Indian journal of veterinary science and animal husbandry - Volume 12,
Year: 1942
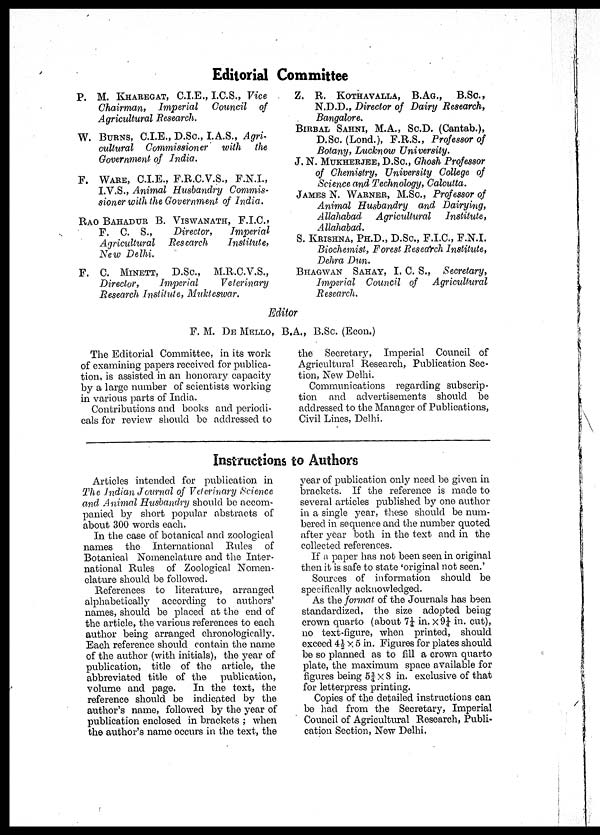
Editorial Committee
P. M. KHAREGAT, C.I.E., I.C.S., Vice
Chairman, Imperial Council of
Agricultural Research.
W. BURNS, C.I.E., D.Sc., I.A.S., Agri-
cultural Commissioner with the
Government of India.
F. WARE, C.I.E., F.R.C.V.S., F.N.I.,
I.V.S., Animal Husbandry Commis-
sioner with the Government of India.
RAO BAHADUR B. VISWANATH, F.I.C.,
F. C. S.,
Director, Imperial
Agricultural Research
Institute,
New Delhi.
F. C. MINETT, D.Sc., M.R.C.V.S.,
Director,
Imperial
Veterinary
Research Institute, Mukteswar.
Z. R. KOTHAVALLA, B.AG., B.Sc.,
N.D.D., Director of Dairy Research,
Bangalore.
BIRBAL SAHNI, M.A., Sc.D. (Cantab.),
D.Sc. (Lond.), F.R.S., Professor of
Botany, Lucknow University.
J. N. MUKHERJEE, D.Sc., Ghosh Professor
of Chemistry, University College of
Science and Technology, Calcutta.
JAMES N. WARNER, M.Sc., Professor of
Animal Husbandry and Dairying,
Allahabad Agricultural Institute,
Allahabad.
S. KRISHNA, PH.D., D.Sc., F.I.C., F.N.I.
Biochemist, Forest Research Institute,
Dehra Dun.
BHAGWAN SAHAY, I. C. S., Secretary,
Imperial Council of Agricultural
Research.
Editor
F. M. DE MELLO, B.A., B.Sc. (Econ.)
The Editorial Committee, in its work
of examining papers received for publica-
tion, is assisted in an honorary capacity
by a large number of scientists working
in various parts of India.
Contributions and books and periodi-
cals for review should be addressed to
the Secretary, Imperial Council of
Agricultural Research, Publication Sec-
tion, New Delhi.
Communications regarding subscrip-
tion and advertisements should be
addressed to the Manager of Publications,
Civil Lines, Delhi.
Instructions to Authors
Articles intended for publication in
The Indian Journal of Veterinary Science
and Animal Husbandry should be accom-
panied by short popular abstracts of
about 300 words each.
In the case of botanical and zoological
names the International Rules of
Botanical Nomenclature and the Inter-
national Rules of Zoological Nomen-
clature should be followed.
References to literature, arranged
alphabetically according to authors'
names, should be placed at the end of
the article, the various references to each
author being arranged chronologically.
Each reference should contain the name
of the author (with initials), the year of
publication, title of the article, the
abbreviated title of the publication,
volume and page.
In the text, the
reference should be indicated by the
author's name, followed by the year of
publication enclosed in brackets ; when
the author's name occurs in the text, the
year of publication only need be given in
brackets. If the reference is made to
several articles published by one author
in a single year, these should be num-
bered in sequence and the number quoted
after year both in the text and in the
collected references.
If a paper has not been seen in original
then it is safe to state 'original not seen.'
Sources of information should be
specifically acknowledged.
As the format of the Journals has been
standardized, the size adopted being
crown quarto (about 7¼ in. × 9¼ in. cut),
no text-figure, when printed, should
exceed 4½ × 5 in. Figures for plates should
be so planned as to fill a crown quarto
plate, the maximum space available for
figures being 5¾ × 8 in. exclusive of that
for letterpress printing.
Copies of the detailed instructions can
be had from the Secretary, Imperial
Council of Agricultural Research, Publi-
cation Section, New Delhi.